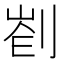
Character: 𠝀